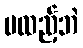
မထည့်ဘဲ